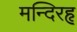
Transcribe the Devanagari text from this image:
मन्दिरहृ